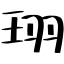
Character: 珝